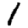
Digit: 1